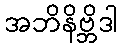
အဘိနိဗ္ဘိဒါ